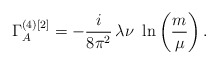
\begin{align*} \Gamma_A^{(4)[2]}=-\frac{i}{8\pi^2}\,\lambda\nu\,\,\ln\left(\frac{m}{\mu}\right).\end{align*}